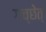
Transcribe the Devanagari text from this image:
गच्छेत्‌